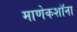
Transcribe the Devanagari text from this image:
माणेकशॉना